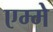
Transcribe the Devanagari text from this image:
एम्मे